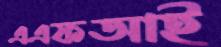
এএফআই